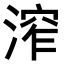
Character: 𣹧